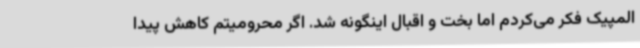
المپیک فکر می‌کردم اما بخت و اقبال اینگونه شد. اگر محرومیتم کاهش پیدا